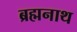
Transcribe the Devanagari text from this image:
ब्रह्मनाथ